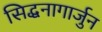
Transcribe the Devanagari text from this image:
सिद्धनागार्जुन